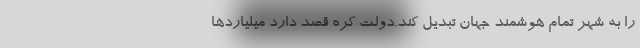
را به شهر تمام هوشمند جهان تبدیل کند.دولت کره قصد دارد میلیاردها